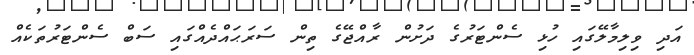
އަދި ވިލިމާލޭގައި ހުޅި ސެންޓަރުގެ ދަށުން ރާއްޖޭގެ ތިން ސަރަޙައްދެއްގައި ސަބް ސެންޓަރުތަކެއް